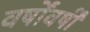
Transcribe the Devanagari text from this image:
वर्षोंवर्षीं